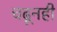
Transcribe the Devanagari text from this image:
चढूनही